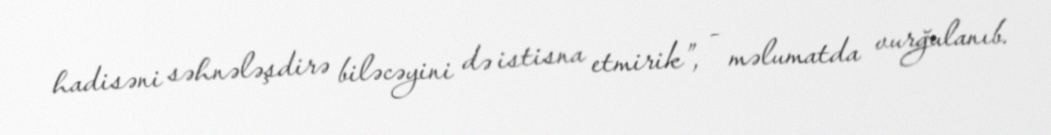
hadisəni səhnələşdirə biləcəyini də istisna etmirik”, - məlumatda vurğulanıb.